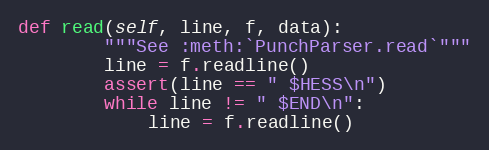
Language: Python
def read(self, line, f, data):
        """See :meth:`PunchParser.read`"""
        line = f.readline()
        assert(line == " $HESS\n")
        while line != " $END\n":
            line = f.readline()